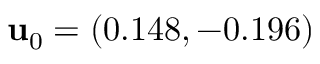
{ \bf u } _ { 0 } = ( 0 . 1 4 8 , - 0 . 1 9 6 )